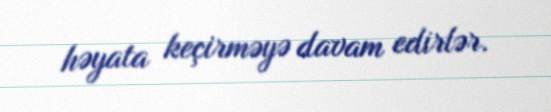
həyata keçirməyə davam edirlər.